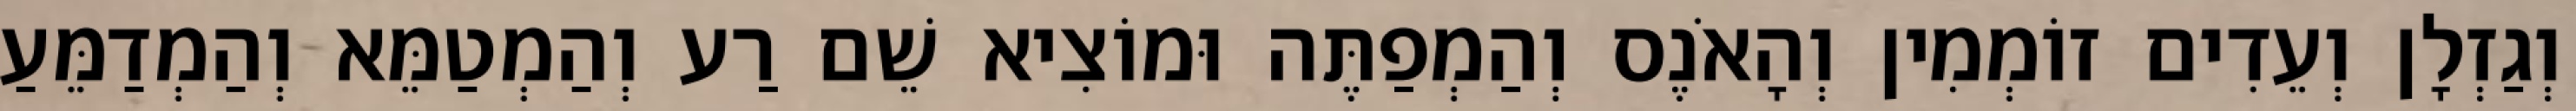
וְגַזְלָן וְעֵדִים זוֹמְמִין וְהָאֹנֶס וְהַמְפַתֶּה וּמוֹצִיא שֵׁם רַע וְהַמְטַמֵּא וְהַמְדַמֵּעַ